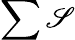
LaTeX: \sum\mathscr{S}